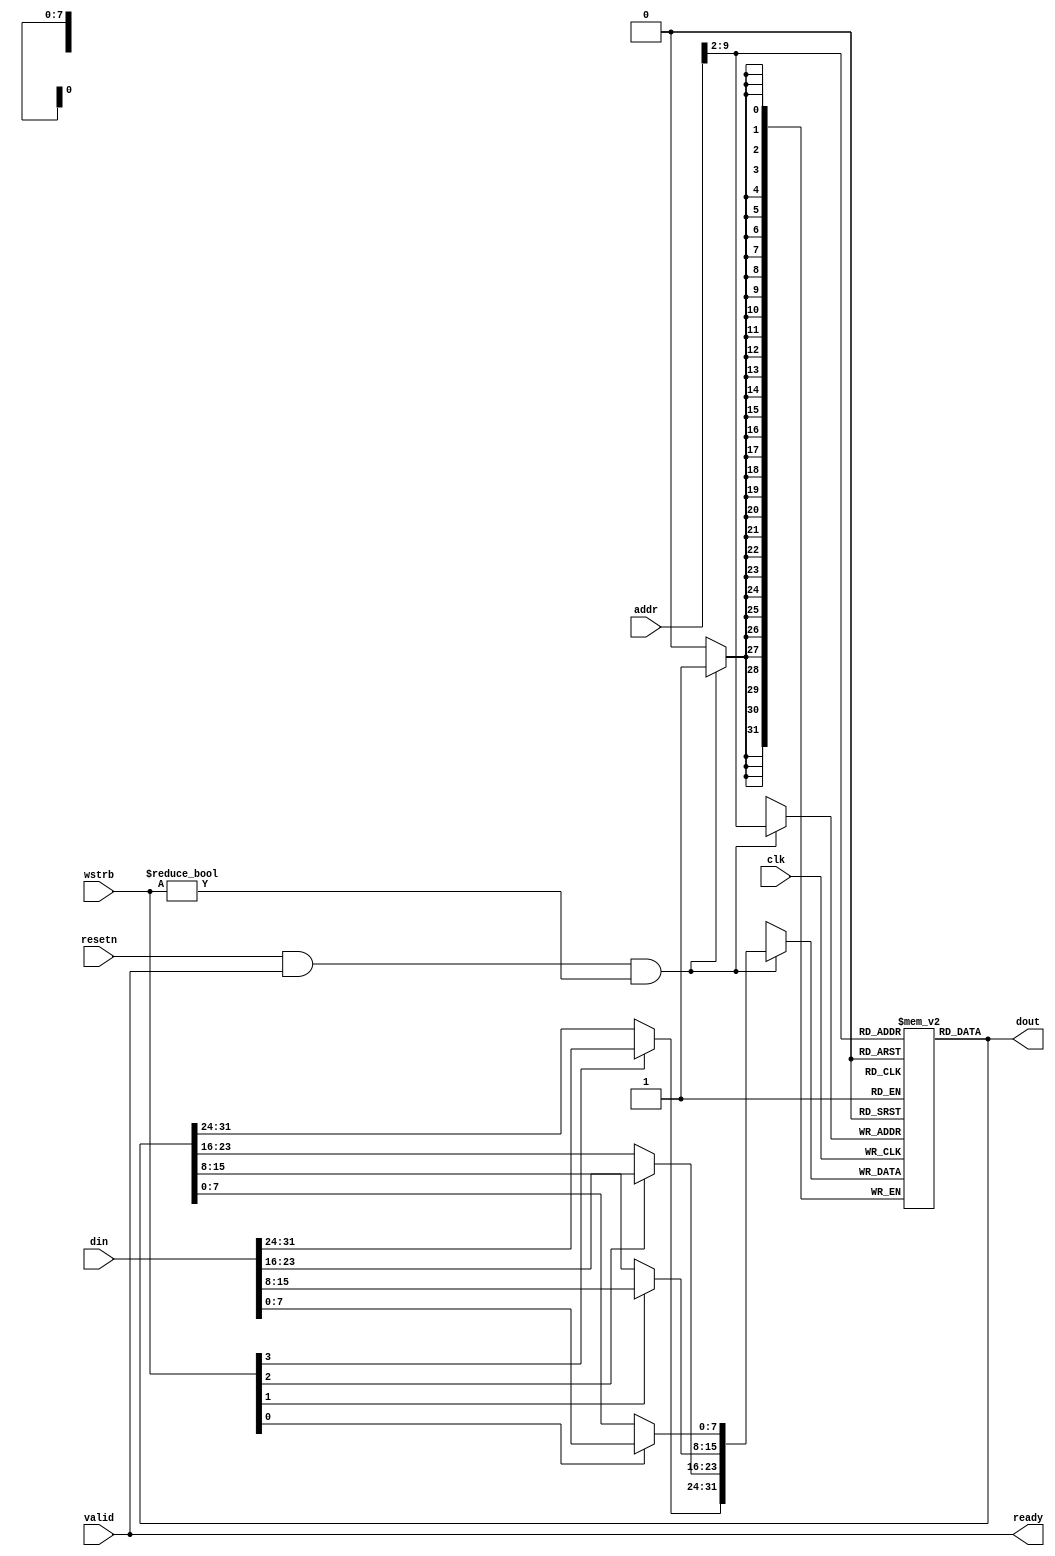
`timescale 1 ns / 1 ps

module ram #(
    parameter ADDR_BITS = 10,
    parameter FILENAME = "ram.mem"
) (
    input clk,
    input resetn,
    input valid,
    input [31:0] addr,
    input [31:0] din,
    input [3:0] wstrb,
    output [31:0] dout,
    output ready
);

wire [ADDR_BITS-3:0] idx = addr[ADDR_BITS-1:2];
reg [31:0] ram [(2**(ADDR_BITS-2))-1:0];

wire [31:0] din_masked = {wstrb[3] ? din[31:24] : ram[idx][31:24],
    wstrb[2] ? din[23:16] : ram[idx][23:16],
    wstrb[1] ? din[15:8] : ram[idx][15:8],
    wstrb[0] ? din[7:0] : ram[idx][7:0]};

always @(posedge clk) begin
    if (resetn && valid && wstrb != 4'b0000) begin
        ram[idx] <= din_masked;
    end
end

assign dout = ram[idx];
assign ready = valid; // always ready

endmodule